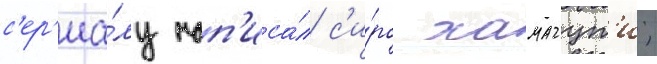
с'ер'иа́лу нап'иса́л с'и́ро хамагут'и;